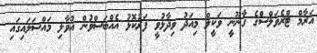
އަރާމް ޓްރެވަލްސްގެ ގާނޫނީ ވަކީލް މިއަދު ވިދާޅުވީ ފަރުކޮޅު އެއްބަސްވުން އުވާލި މައްސަލައިގައި